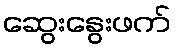
ဆွေးနွေးဖက်